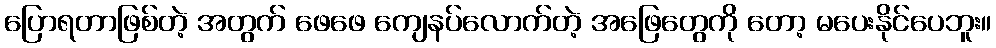
ပြောရတာဖြစ်တဲ့ အတွက် ဖေဖေ ကျေနပ်လောက်တဲ့ အဖြေတွေကို တော့ မပေးနိုင်ပေဘူး။